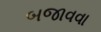
બજાવવા